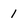
Character: 1